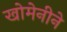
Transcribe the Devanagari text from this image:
खोमेनीने